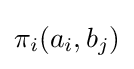
\pi _{i}(a_{i},b_{j})